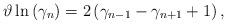
LaTeX: \begin{align*}\vartheta\ln\left( \gamma_{n}\right) =2\left( \gamma_{n-1}-\gamma_{n+1}+1\right) , \end{align*}